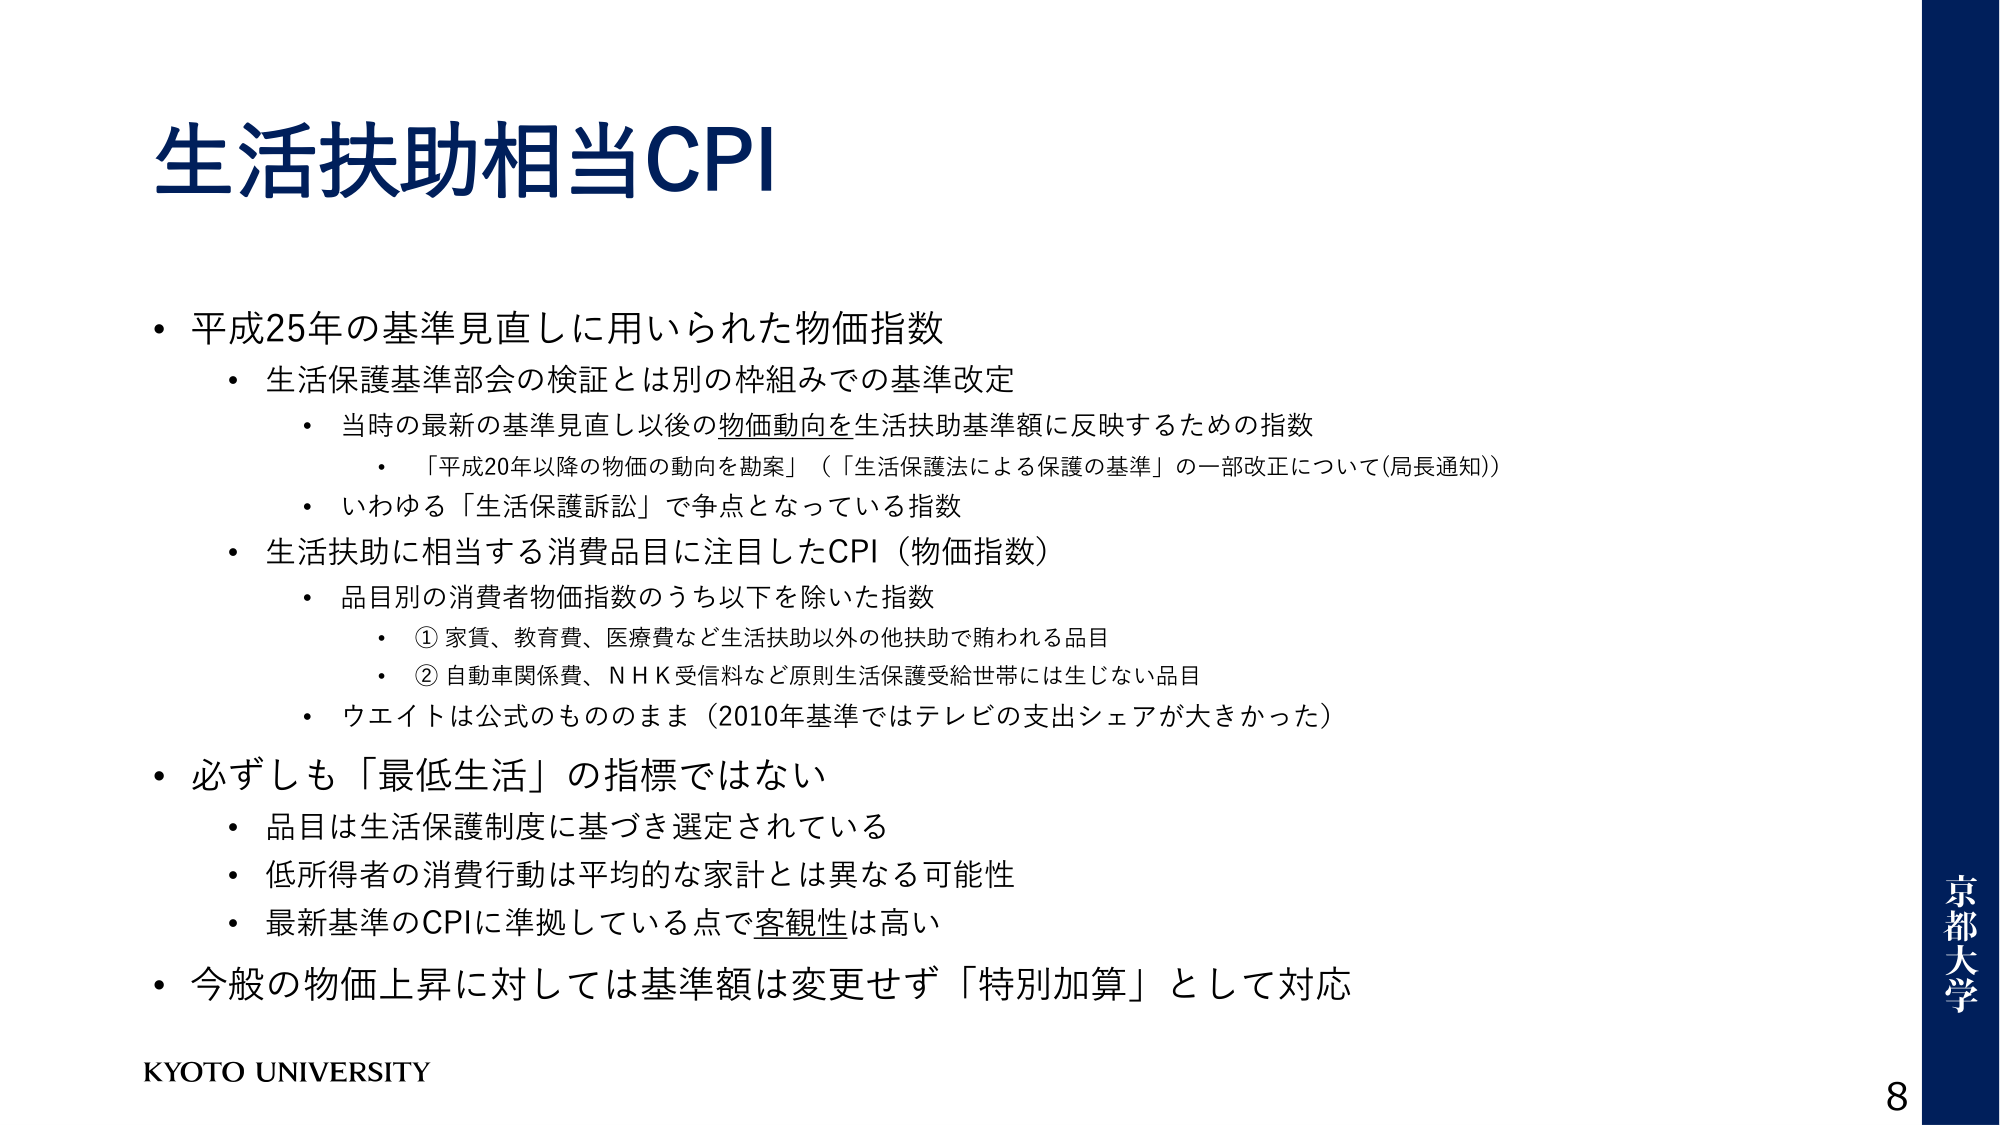
生活扶助相当CPI

・平成25年の基準見直しに用いられた物価指数
　・生活保護基準部会の検証とは別の枠組みでの基準改定
　　・当時の最新の基準見直し以後の物価動向を生活扶助基準額に反映するための指数
　　　・「平成20年以降の物価の動向を勘案」（「生活保護法による保護の基準」の一部改正について(局長通知)）
　　・いわゆる「生活保護訴訟」で争点となっている指数
　・生活扶助に相当する消費品目に注目したCPI（物価指数）
　　・品目別の消費者物価指数のうち以下を除いた指数
　　　・①家賃、教育費、医療費など生活扶助以外の他扶助で賄われる品目
　　　・②自動車関係費、NHK受信料など原則生活保護受給世帯には生じない品目
　　・ウエイトは公式のもののまま（2010年基準ではテレビの支出シェアが大きかった）

・必ずしも「最低生活」の指標ではない
　・品目は生活保護制度に基づき選定されている
　・低所得者の消費行動は平均的な家計とは異なる可能性
　・最新基準のCPIに準拠している点で客観性は高い

・今般の物価上昇に対しては基準額は変更せず「特別加算」として対応

KYOTO UNIVERSITY

京都大学
8